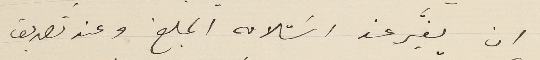
ان يغَيّر عند اسَتلامه المبلغ وعند تصديق